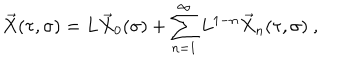
LaTeX: \vec { X } ( \tau , \sigma ) = L \vec { X } _ { 0 } ( \sigma ) + \sum _ { n = 1 } ^ { \infty } L ^ { 1 - n } \vec { X } _ { n } ( \tau , \sigma ) \ ,